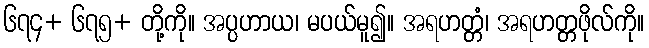
၆၇၄+ ၆၇၅+ တို့ကို။ အပ္ပဟာယ၊ မပယ်မူ၍။ အရဟတ္တံ၊ အရဟတ္တဖိုလ်ကို။